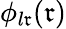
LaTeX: \phi_{l\mathfrak{r}}(\mathfrak{r})